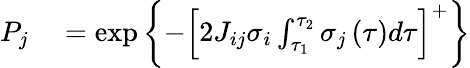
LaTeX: \begin{array}{rl}{P_{j}}&{{}=\exp\left\{ -\left[2J_{ij}\sigma_{i}\int_{\tau_{1}}^{\tau_{2}}\sigma_{j}\left(\tau\right)d\tau\right]^{+}\right\} }\end{array}